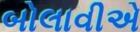
બોલાવીએ